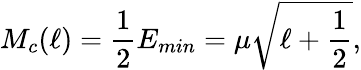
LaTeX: M_{c}(\ell)=\frac{1}{2}E_{min}=\mu\sqrt{\ell+\frac{1}{2}},